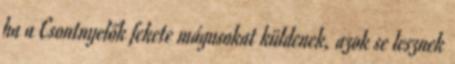
ha a Csontnyelők fekete mágusokat küldenek, azok se lesznek